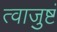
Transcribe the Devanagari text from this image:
त्वाजुष्टं